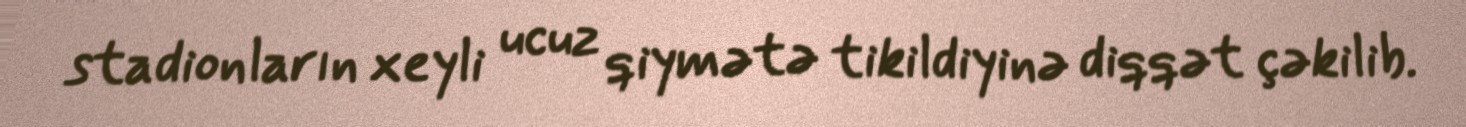
stadionların xeyli ucuz qiymətə tikildiyinə diqqət çəkilib.